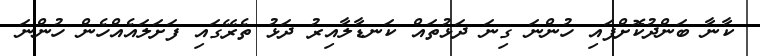
ކާނާ ބަންދުކޮށްފައި ހުންނަ ގިނަ ދަޅުތައް ކަނޑާލާއިރު ދަޅު ތެރޭގައި ފަށަލައެއްހެން ހުންނަ